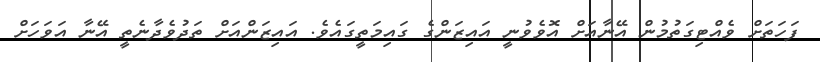
ފަހަތަށް ވެއްޓިގަތުމުން އޭނާއަށް އޮވެވުނީ އައިޒަންގެ ގައިމަތީގައެވެ. އައިޒަންއަށް ތަދުވެދާނެތީ އޭނާ އަވަހަށް